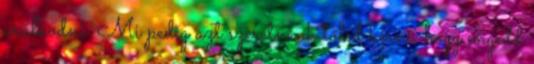
uralkodni. Mi pedig azt szeretnénk tőled kérni, hogy engedd